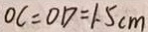
O C = O D = 1 . 5 c m